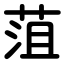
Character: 菹